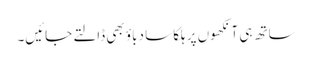
ساتھ ہی آنکھوں پر ہلکا سا دباؤ بھی ڈالتے جائیں۔